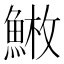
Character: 𩸳